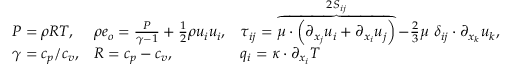
\begin{array} { r } { \begin{array} { l l l l l l l l } { P = \rho R T , } & { \rho e _ { o } = \frac { P } { \gamma - 1 } + \frac { 1 } { 2 } \rho u _ { i } u _ { i } , } & { \tau _ { i j } = \overbrace { \mu \cdot \left( \partial _ { x _ { j } } u _ { i } + \partial _ { x _ { i } } u _ { j } \right) } ^ { 2 S _ { i j } } - \frac { 2 } { 3 } \mu \ \delta _ { i j } \cdot \partial _ { x _ { k } } u _ { k } , } \\ { \gamma = c _ { p } / c _ { v } , } & { R = c _ { p } - c _ { v } , } & { q _ { i } = \kappa \cdot \partial _ { x _ { i } } T } \end{array} } \end{array}